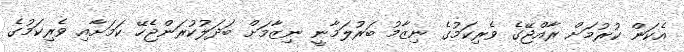
އެކަން ކުރުމަށް ރާއްޖޭގެ ވެރިކަމުގެ ނިޒާމު ބަރުލަމާނީ ނިޒާމަށް ބަދަލުކުރަންޖެހޭ ކަމަށާއި ވެރިކަމުގެ